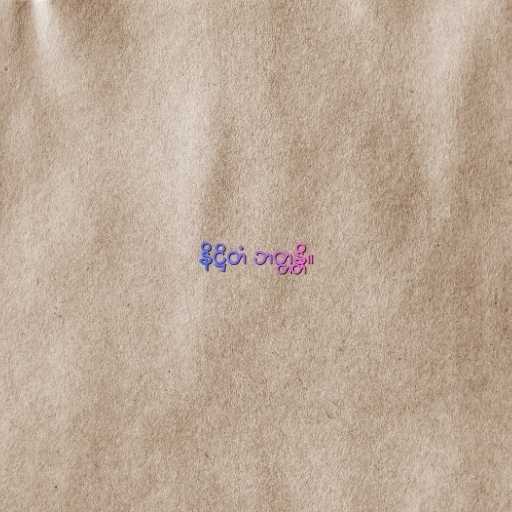
နိဋ္ဌိတံ ဘတ္တန္တိ။